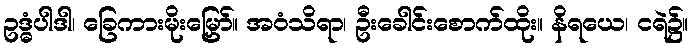
ဥဒ္ဓံပါဒါ၊ ခြေကားမိုးမြှော်။ အဝံသိရာ၊ ဦးခေါင်းစောက်ထိုး။ နိရယေ၊ ငရဲ၌။